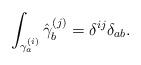
LaTeX: \begin{align*}\int_{\gamma_a^{(i)}} \hat{\gamma}_{b}^{(j)} = \delta^{ij} \delta_{ab}.\end{align*}